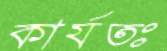
কার্যতঃ